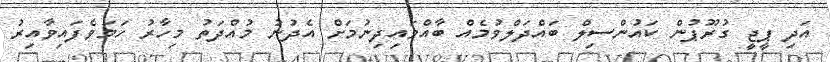
އަދި ޕީޖީ ގުރޫޕުން ކައުންސިލް ބައްދަލްވުމެއް ބާއްވަައިދިނުމަށް އެދުނު މުއްދަތު މިހާރު ހަމަވެފައިވާއިރު